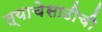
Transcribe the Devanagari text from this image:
त्याचेसाठीची